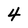
Character: 4